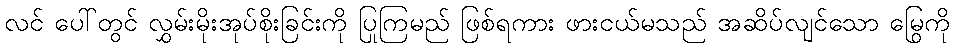
လင် ပေါ်တွင် လွှမ်းမိုးအုပ်စိုးခြင်းကို ပြုကြမည် ဖြစ်ရကား ဖားငယ်မသည် အဆိပ်လျင်သော မြွေကို